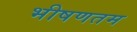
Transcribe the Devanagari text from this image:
भीषणतम